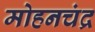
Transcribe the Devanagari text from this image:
मोहनचंद्र